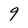
Character: 9